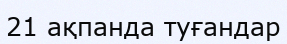
21 ақпанда туғандар